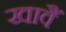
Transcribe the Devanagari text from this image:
खावैं